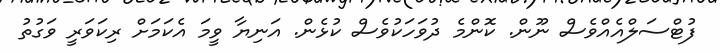
ފުޓްސަލްއެއްވެސް ނޫން. ކޮންމެ ދުވަހަކުވެސް ކުޅެން. އަނިޔާ ވީމަ އެކަމަށް ރިކަވަރީ ވަގުތު